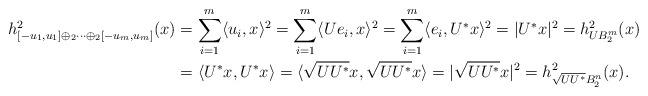
LaTeX: \begin{align*}h^2_{[-u_1,u_1]\oplus_2\cdots\oplus_2[-u_m,u_m]}(x) &=\sum_{i=1}^m \langle u_i, x \rangle^2=\sum_{i=1}^m \langle U e_i, x\rangle^2 = \sum_{i=1}^m \langle e_i, U^* x\rangle^2=|U^*x|^2 = h^2_{U B_2^m}(x)\\&=\langle U^*x, U^*x\rangle=\langle\sqrt{UU^*}x, \sqrt{UU^*}x\rangle=|\sqrt{UU^*}x|^2 =h^2_{\sqrt{UU^*}B_2^n}(x).\end{align*}